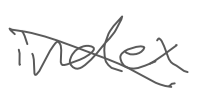
Text: index
Cross-out: diagonal
Writing tool: digital_gray